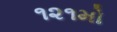
૧૨૧મો